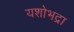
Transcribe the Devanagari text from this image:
यशोभद्रा